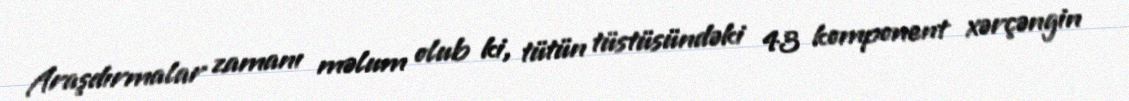
Araşdırmalar zamanı məlum olub ki, tütün tüstüsündəki 43 komponent xərçəngin